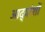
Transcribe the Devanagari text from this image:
आद्यांशों